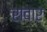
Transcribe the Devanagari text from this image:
रावार